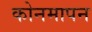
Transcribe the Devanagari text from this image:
कोनमापन